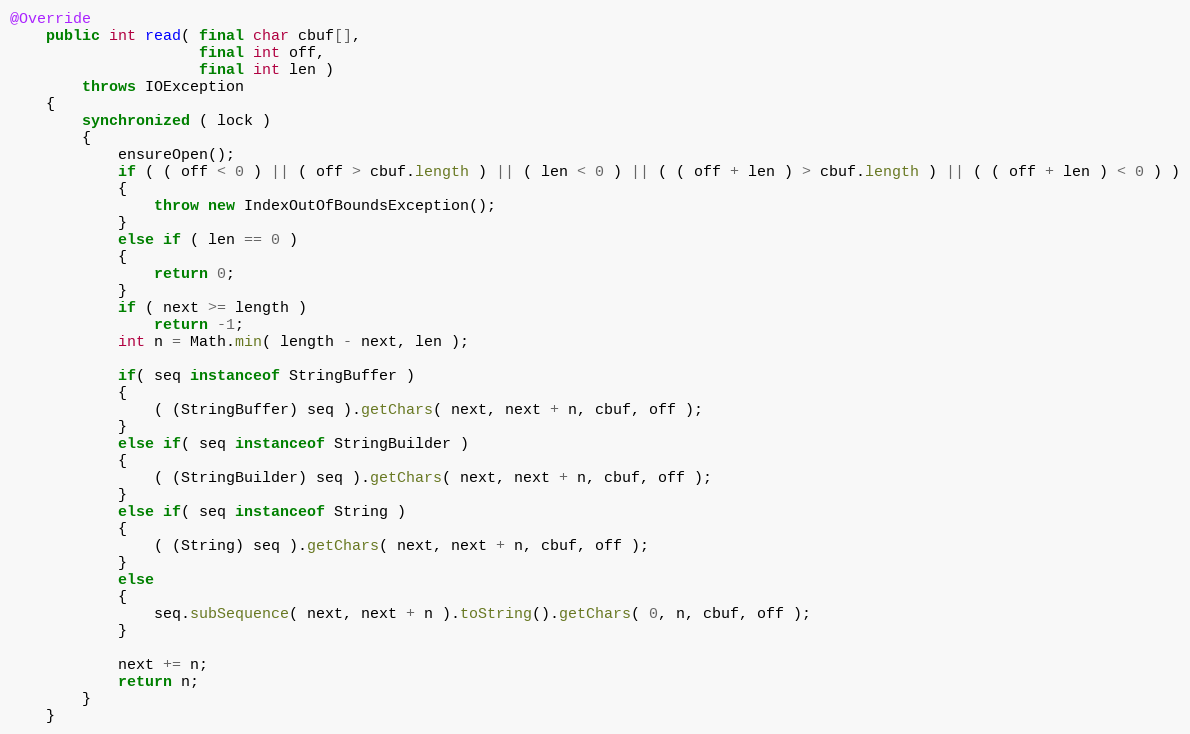
Language: Java
@Override
    public int read( final char cbuf[],
                     final int off,
                     final int len )
        throws IOException
    {
        synchronized ( lock )
        {
            ensureOpen();
            if ( ( off < 0 ) || ( off > cbuf.length ) || ( len < 0 ) || ( ( off + len ) > cbuf.length ) || ( ( off + len ) < 0 ) )
            {
                throw new IndexOutOfBoundsException();
            }
            else if ( len == 0 )
            {
                return 0;
            }
            if ( next >= length )
                return -1;
            int n = Math.min( length - next, len );

            if( seq instanceof StringBuffer )
            {
                ( (StringBuffer) seq ).getChars( next, next + n, cbuf, off );
            }
            else if( seq instanceof StringBuilder )
            {
                ( (StringBuilder) seq ).getChars( next, next + n, cbuf, off );
            }
            else if( seq instanceof String )
            {
                ( (String) seq ).getChars( next, next + n, cbuf, off );
            }
            else
            {
                seq.subSequence( next, next + n ).toString().getChars( 0, n, cbuf, off );
            }

            next += n;
            return n;
        }
    }